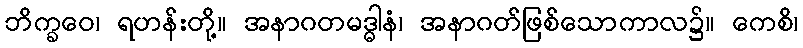
ဘိက္ခဝေ၊ ရဟန်းတို့။ အနာဂတမဒ္ဓါနံ၊ အနာဂတ်ဖြစ်သောကာလ၌။ ကေစိ၊